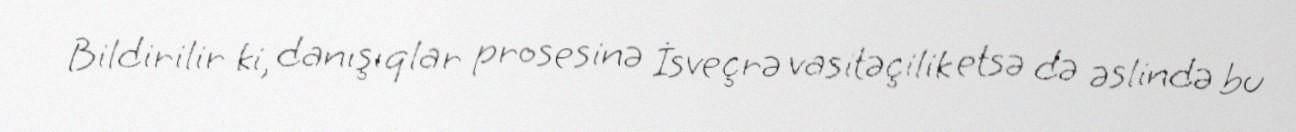
Bildirilir ki, danışıqlar prosesinə İsveçrə vasitəçilik etsə də əslində bu